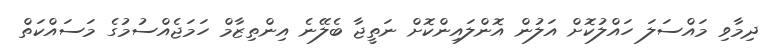
ދިމާވި މައްސަލަ ހައްލުކޮށް އަލުން އޮންލައިންކޮށް ނަތީޖާ ބެލޭނެ އިންތިޒާމް ހަމަޖެއްސުމުގެ މަސައްކަތް